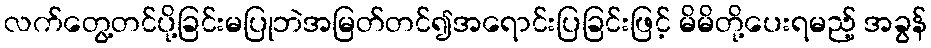
လက်တွေ့တင်ပို့ခြင်းမပြုဘဲအမြတ်တင်၍အရောင်းပြခြင်းဖြင့် မိမိတို့ပေးရမည့် အခွန်